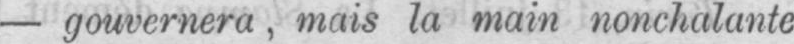
- gouvernera, mais la main nonchalante